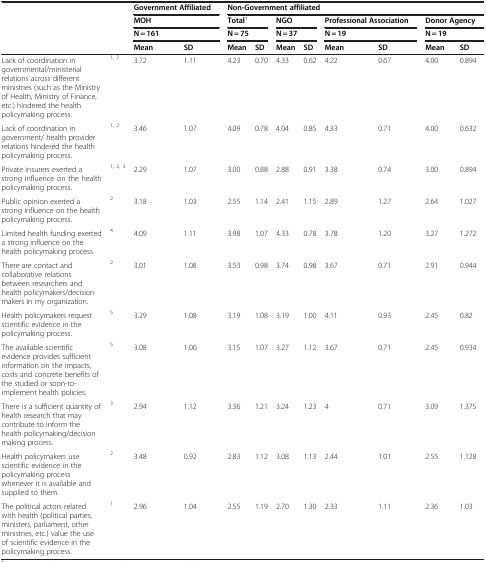
<table><thead><tr><td><b> </b></td><td><b> </b></td><td colspan="2"><b>Government Affiliated</b></td><td colspan="8"><b>Non-Government affiliated</b></td></tr><tr><td><b> </b></td><td><b> </b></td><td colspan="2"><b>MOH</b></td><td colspan="2"><b>Total<sup>†</sup></b></td><td colspan="2"><b>NGO</b></td><td colspan="2"><b>Professional Association</b></td><td colspan="2"><b>Donor Agency</b></td></tr><tr><td><b> </b></td><td><b> </b></td><td colspan="2"><b>N = 161</b></td><td colspan="2"><b>N = 75</b></td><td colspan="2"><b>N = 37</b></td><td colspan="2"><b>N = 19</b></td><td colspan="2"><b>N = 19</b></td></tr><tr><td><b> </b></td><td><b> </b></td><td><b>Mean</b></td><td><b>SD</b></td><td><b>Mean</b></td><td><b>SD</b></td><td><b>Mean</b></td><td><b>SD</b></td><td><b>Mean</b></td><td><b>SD</b></td><td><b>Mean</b></td><td><b>SD</b></td></tr></thead><tbody><tr><td>Lack of coordination in governmental/ministerial relations across different ministries (such as the Ministry of Health, Ministry of Finance, etc.) hindered the health policymaking process.</td><td><sup>1, 2</sup></td><td>3.72</td><td>1.11</td><td>4.23</td><td>0.70</td><td>4.33</td><td>0.62</td><td>4.22</td><td>0.67</td><td>4.00</td><td>0.894</td></tr><tr><td>Lack of coordination in government/ health provider relations hindered the health policymaking process.</td><td><sup>1, 2</sup></td><td>3.46</td><td>1.07</td><td>4.09</td><td>0.78</td><td>4.04</td><td>0.85</td><td>4.33</td><td>0.71</td><td>4.00</td><td>0.632</td></tr><tr><td>Private insurers exerted a strong influence on the health policymaking process.</td><td><sup>1, 2, 3</sup></td><td>2.29</td><td>1.07</td><td>3.00</td><td>0.88</td><td>2.88</td><td>0.91</td><td>3.38</td><td>0.74</td><td>3.00</td><td>0.894</td></tr><tr><td>Public opinion exerted a strong influence on the health policymaking process.</td><td><sup>2</sup></td><td>3.18</td><td>1.03</td><td>2.55</td><td>1.14</td><td>2.41</td><td>1.15</td><td>2.89</td><td>1.27</td><td>2.64</td><td>1.027</td></tr><tr><td>Limited health funding exerted a strong influence on the health policymaking process.</td><td><sup>4</sup></td><td>4.09</td><td>1.11</td><td>3.98</td><td>1.07</td><td>4.33</td><td>0.78</td><td>3.78</td><td>1.20</td><td>3.27</td><td>1.272</td></tr><tr><td>There are contact and collaborative relations between researchers and health policymakers/decision makers in my organization.</td><td><sup>2</sup></td><td>3.01</td><td>1.08</td><td>3.53</td><td>0.98</td><td>3.74</td><td>0.98</td><td>3.67</td><td>0.71</td><td>2.91</td><td>0.944</td></tr><tr><td>Health policymakers request scientific evidence in the policymaking process.</td><td><sup>5</sup></td><td>3.29</td><td>1.08</td><td>3.19</td><td>1.08</td><td>3.19</td><td>1.00</td><td>4.11</td><td>0.93</td><td>2.45</td><td>0.82</td></tr><tr><td>The available scientific evidence provides sufficient information on the impacts, costs and concrete benefits of the studied or soon-to-implement health policies.</td><td><sup>5</sup></td><td>3.08</td><td>1.00</td><td>3.15</td><td>1.07</td><td>3.27</td><td>1.12</td><td>3.67</td><td>0.71</td><td>2.45</td><td>0.934</td></tr><tr><td>There is a sufficient quantity of health research that may contribute to inform the health policymaking/decision making process.</td><td><sup>3</sup></td><td>2.94</td><td>1.12</td><td>3.36</td><td>1.21</td><td>3.24</td><td>1.23</td><td>4</td><td>0.71</td><td>3.09</td><td>1.375</td></tr><tr><td>Health policymakers use scientific evidence in the policymaking process whenever it is available and supplied to them.</td><td><sup>2</sup></td><td>3.48</td><td>0.92</td><td>2.83</td><td>1.12</td><td>3.08</td><td>1.13</td><td>2.44</td><td>1.01</td><td>2.55</td><td>1.128</td></tr><tr><td>The political actors related with health (political parties, ministers, parliament, other ministries, etc.) value the use of scientific evidence in the policymaking process.</td><td><sup>1</sup></td><td>2.96</td><td>1.04</td><td>2.55</td><td>1.19</td><td>2.70</td><td>1.30</td><td>2.33</td><td>1.11</td><td>2.36</td><td>1.03</td></tr></tbody></table>